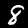
Digit: 8